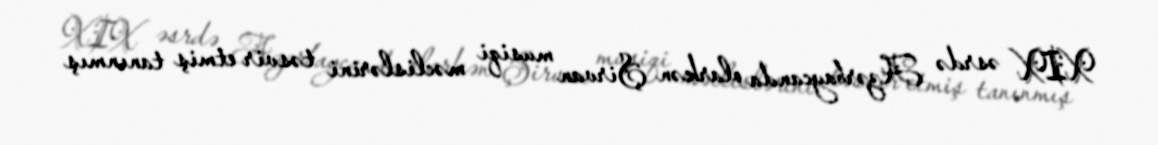
XIX əsrdə Azərbaycanda olarkən Şirvan musiqi məclislərini təsvir etmiş tanınmış